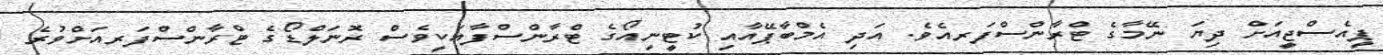
ޕީއެސްޖީއަށް ދިޔަ ނޭމާގެ ޓްރާންސްފަރއެވެ. އަދި އެމްބާޕޭއާއި ކުޓީނިއޯގެ ޓްރާންސްފާއަކީވެސް ރޮނަލްޑޯގެ ޓްރާންސްފަރއަށްވުރެ